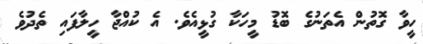
ހީވާ ގޮތުން އެތަނުގެ ބޮޑު މީހަކާ ގުޅީއެވެ. އެ ކުއްޖާ ހީލާފައި ތެދުވެ